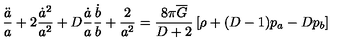
\frac { \ddot { a } } { a } + 2 \frac { \dot { a } ^ { 2 } } { a ^ { 2 } } + D \frac { \dot { a } } { a } \frac { \dot { b } } { b } + \frac { 2 } { a ^ { 2 } } = \frac { 8 \pi \overline { { G } } } { D + 2 } \left[ \rho + ( D - 1 ) p _ { a } - D p _ { b } \right]